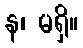
န၊ မရှိ။